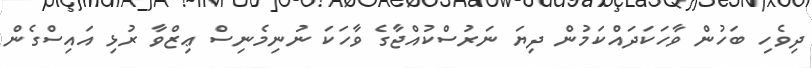
ދިވެހި ބަހުން ވާހަކަދައްކަމުން ދިޔަ ނަރުސްކުއްޖާގެ ވާހަކަ ނުނިމެނިސް ޢިޒްވާ ރުޅި އައިސްގެން